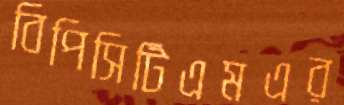
বিপিসিটিএমএর